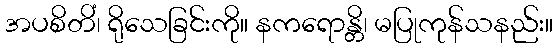
အပစိတိံ၊ ရိုသေခြင်းကို။ နကရောန္တိ၊ မပြုကုန်သနည်း။